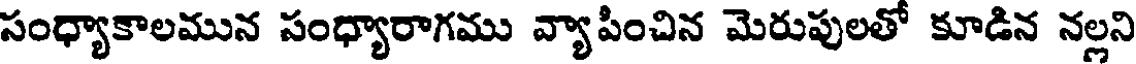
సంధ్యాకాలమున సంధ్యారాగము వ్యాపించిన మెరుపులతో కూడిన నల్లని